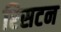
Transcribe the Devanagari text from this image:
रिसटन